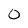
Character: 0